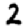
Digit: 2